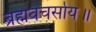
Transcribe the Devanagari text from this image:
ब्रह्मवचर्साय॥